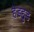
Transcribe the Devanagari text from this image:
हेडहुड